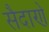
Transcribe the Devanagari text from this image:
सैदाणे